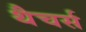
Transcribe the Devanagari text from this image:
थैचर्स